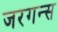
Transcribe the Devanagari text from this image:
जरगन्स